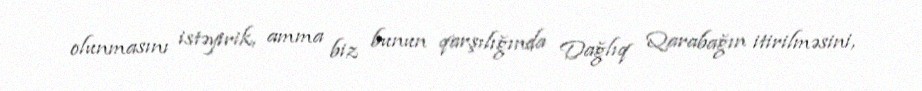
olunmasını istəyirik, amma biz bunun qarşılığında Dağlıq Qarabağın itirilməsini,